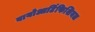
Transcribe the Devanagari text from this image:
बायोआर्टिफिशियल